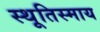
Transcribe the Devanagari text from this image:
स्थूतिस्माय